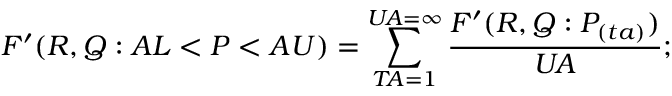
F ^ { \prime } ( R , Q : A L < P < A U ) = \sum _ { T \! A = 1 } ^ { U \! A = \infty } { \frac { F ^ { \prime } ( R , Q : P _ { ( t a ) } ) } { U \! A } } ; \,